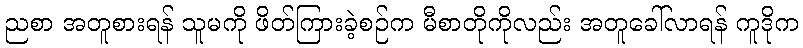
ညစာ အတူစားရန် သူမကို ဖိတ်ကြားခဲ့စဉ်က မီစာတိုကိုလည်း အတူခေါ်လာရန် ကူဒိုက